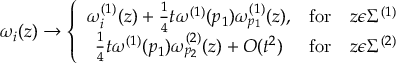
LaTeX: \omega _ { i } ( z ) \to \left\{ \begin{array} { c c c } { { \omega _ { i } ^ { ( 1 ) } ( z ) + \frac { 1 } { 4 } t \omega ^ { ( 1 ) } ( p _ { 1 } ) \omega _ { p _ { 1 } } ^ { ( 1 ) } ( z ) , } } & { { \mathrm { f o r } } } & { { z \epsilon \Sigma ^ { ( 1 ) } } } \\ { { \frac { 1 } { 4 } t \omega ^ { ( 1 ) } ( p _ { 1 } ) \omega _ { p _ { 2 } } ^ { ( 2 ) } ( z ) + O ( t ^ { 2 } ) } } & { { \mathrm { f o r } } } & { { z \epsilon \Sigma ^ { ( 2 ) } } } \end{array} \right.